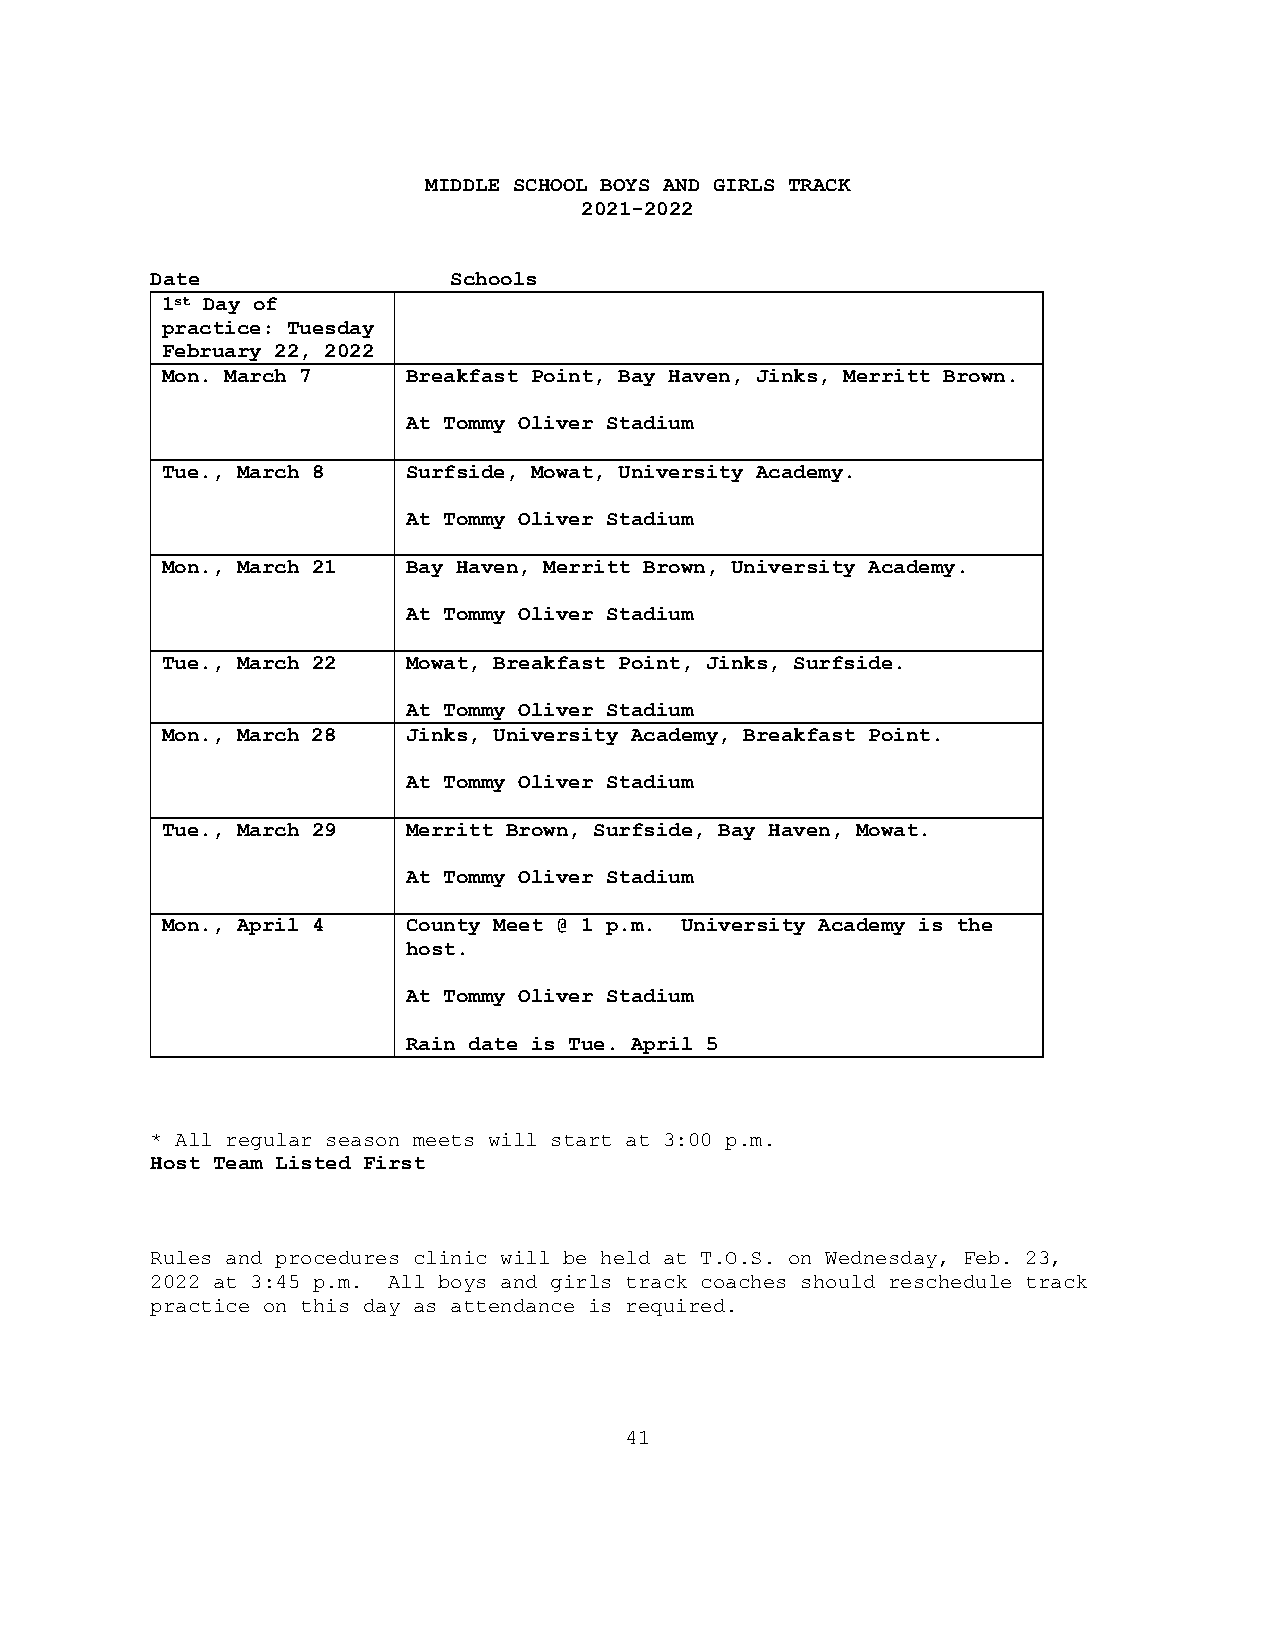
MIDDLE SCHOOL BOYS AND GIRLS TRACK
 2021-2022
 Date                Schools
 1st Day of
 practice: Tuesday
 February 22, 2022
 Mon. March 7    Breakfast Point, Bay Haven, Jinks, Merritt Brown.
 At Tommy Oliver Stadium
 Tue., March 8   Surfside, Mowat, University Academy.
 At Tommy Oliver Stadium
 Mon., March 21  Bay Haven, Merritt Brown, University Academy.
 At Tommy Oliver Stadium
 Tue., March 22  Mowat, Breakfast Point, Jinks, Surfside.
 At Tommy Oliver Stadium
 Mon., March 28  Jinks, University Academy, Breakfast Point.
 At Tommy Oliver Stadium
 Tue., March 29  Merritt Brown, Surfside, Bay Haven, Mowat.
 At Tommy Oliver Stadium
 Mon., April 4   County Meet @ 1 p.m. University Academy is the
 host.
 At Tommy Oliver Stadium
 Rain date is Tue. April 5
 * All regular season meets will start at 3:00 p.m.
 Host Team Listed First
 Rules and procedures clinic will be held at T.O.S. on Wednesday, Feb. 23,
 2022 at 3:45 p.m. All boys and girls track coaches should reschedule track
 practice on this day as attendance is required.
 41